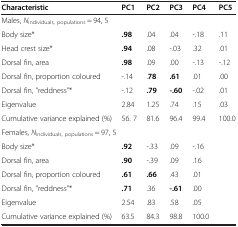
| Characteristic | PC1 | PC2 | PC3 | PC4 | PC5 |
 | --- | --- | --- | --- | --- | --- |
 | <COLSPAN=2> Males, Nindividuals, populations = 94, 5 |  |  |  |  |
 | Body size* | .98 | .04 | .04 | -.18 | .11 |
 | Head crest size* | .94 | .08 | -.03 | .32 | .01 |
 | Dorsal fin, area | .98 | .09 | .00 | -.13 | -.12 |
 | Dorsal fin, proportion coloured | -.14 | .78 | .61 | .01 | .00 |
 | Dorsal fin, "reddness"* | -.12 | .79 | -.60 | -.02 | .01 |
 | Eigenvalue | 2.84 | 1.25 | .74 | .15 | .03 |
 | Cumulative variance explained (%) | 56. 7 | 81.6 | 96.4 | 99.4 | 100.0 |
 | <COLSPAN=6> Females, Nindividuals, populations = 97, 5 |
 | Body size* | .92 | -.33 | .09 | -.16 |  |
 | Dorsal fin, area | .90 | -.39 | .09 | .16 |  |
 | Dorsal fin, proportion coloured | .61 | .66 | .43 | .01 |  |
 | Dorsal fin, "reddness"* | .71 | .36 | -.61 | .00 |  |
 | Eigenvalue | 2.54 | .83 | .58 | .05 |  |
 | Cumulative variance explained (%) | 63.5 | 84.3 | 98.8 | 100.0 |  |